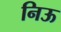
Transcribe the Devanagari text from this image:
निऊ